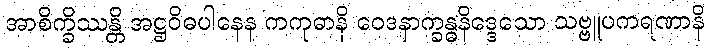
အာစိက္ခိဿန္တိ အဋ္ဌဝိဓပါနေန ကကုဓာနိ ဝေဒနာက္ခန္ဓနိဒ္ဒေသော သဗ္ဗူပကရဏာနိ